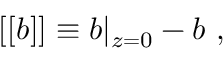
[ [ b ] ] \equiv b | _ { z = 0 } - b ~ ,